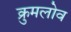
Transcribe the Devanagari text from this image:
क्रुमलोव